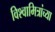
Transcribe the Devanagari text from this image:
विश्वामित्रांच्या